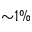
{ \sim } 1 \%